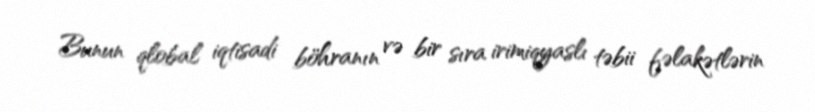
Bunun qlobal iqtisadi böhranın və bir sıra irimiqyaslı təbii fəlakətlərin